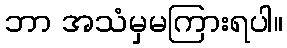
ဘာ အသံမှမကြားရပါ။